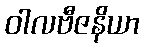
ဝါလဗီဇနိယာ